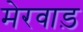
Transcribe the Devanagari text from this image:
मेरवाड़